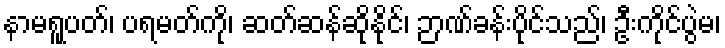
နာမရူပတ်၊ ပရမတ်ကို၊ ဆတ်ဆန်ဆိုနိုင်၊ ဉာဏ်ခန်းပိုင်သည်၊ ဦးကိုင်ပွဲမ၊